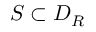
S \subset D _ { R }